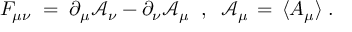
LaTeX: F _ { \mu \nu } \; = \; \partial _ { \mu } { \mathcal A } _ { \nu } - \partial _ { \nu } { \mathcal A } _ { \mu } \; \; , \; \; { \mathcal A } _ { \mu } \, = \, \langle A _ { \mu } \rangle \; .